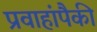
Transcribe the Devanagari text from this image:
प्रवाहांपैकी